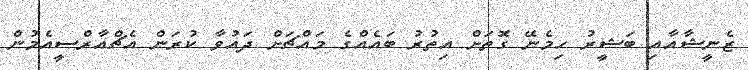
ޒެނީޝާއާއި ބަޝީރު ހިމެނޭ ގޮތަށް އިތުރު ބައެއްގެ މައްޗަށް ދައުވާ ކުރަން އެޗްއާރްސީއެމުން